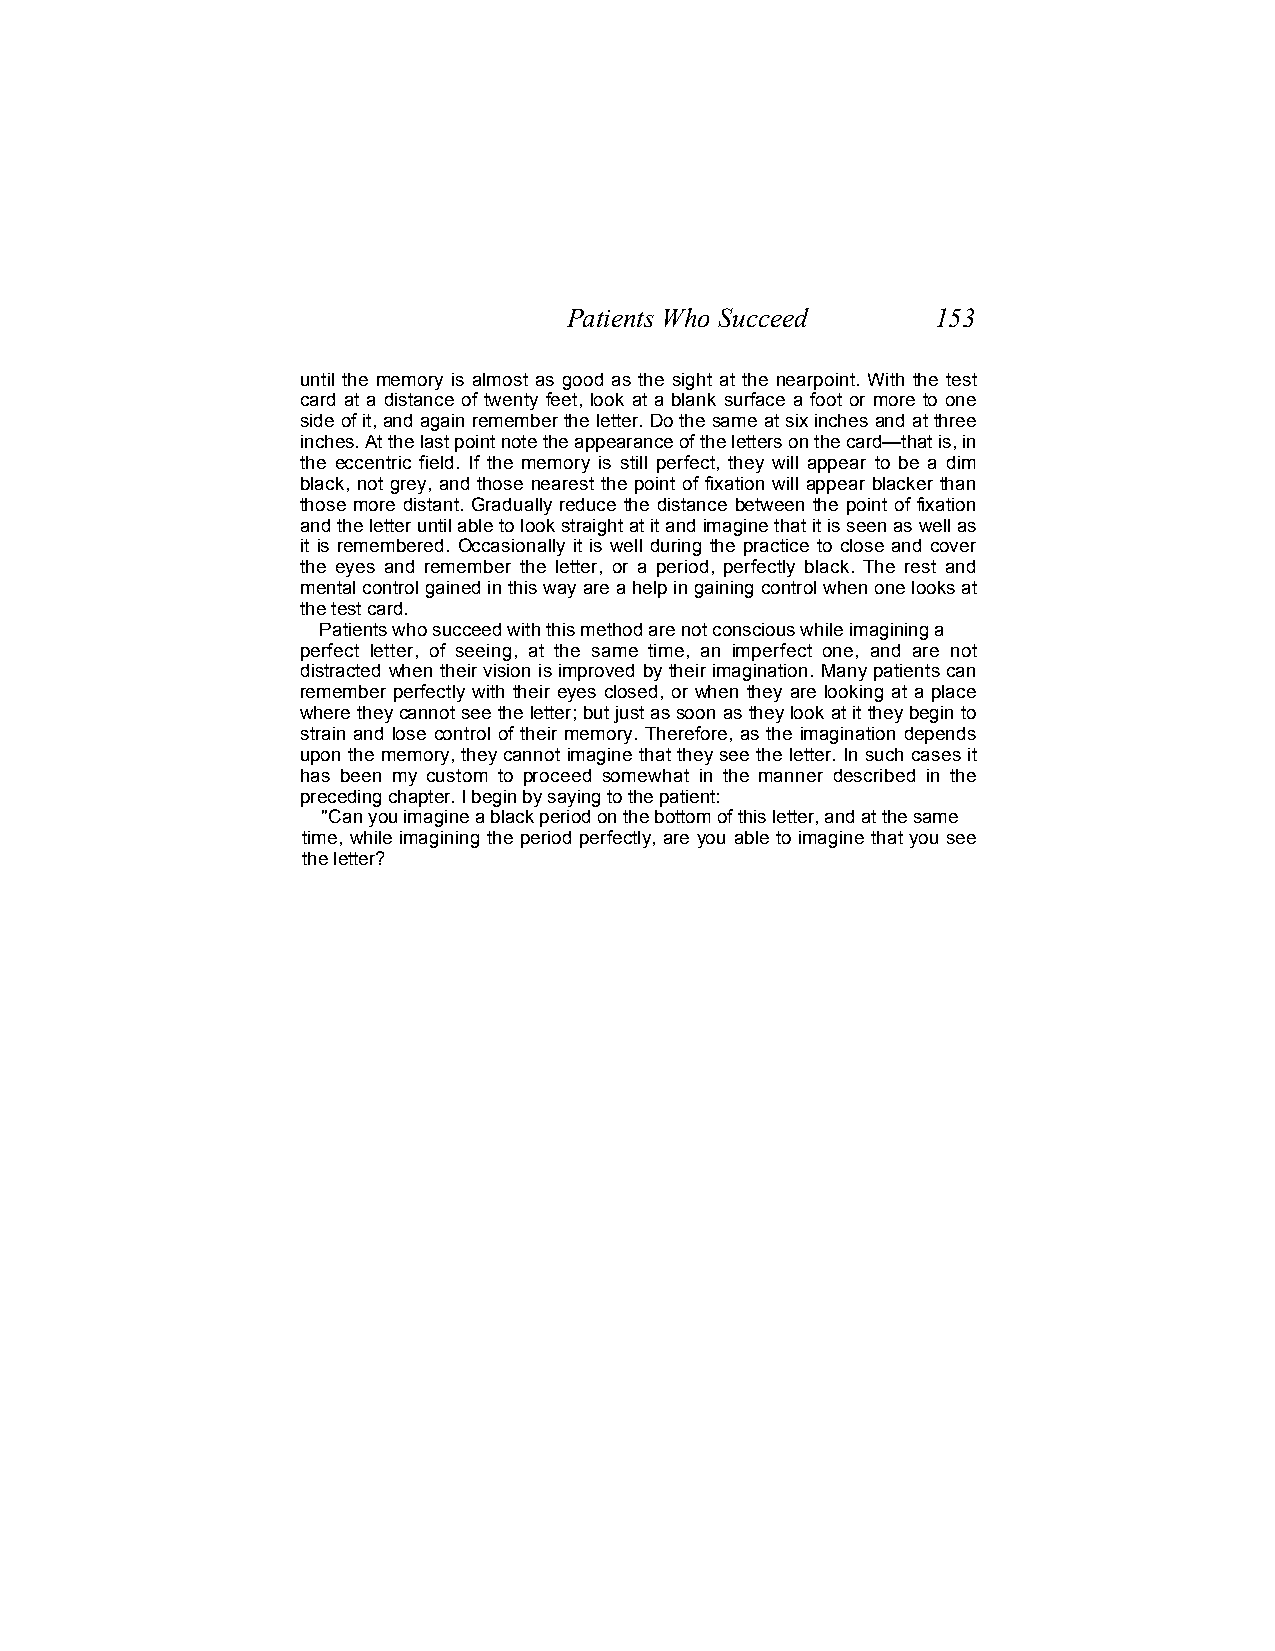
Patients Who Succeed    153
 until the memory is almost as good as the sight at the nearpoint. With the test
 card at a distance of twenty feet, look at a blank surface a foot or more to one
 side of it, and again remember the letter. Do the same at six inches and at three
 inches. At the last point note the appearance of the letters on the card—that is, in
 the eccentric field. If the memory is still perfect, they will appear to be a dim
 black, not grey, and those nearest the point of fixation will appear blacker than
 those more distant. Gradually reduce the distance between the point of fixation
 and the letter until able to look straight at it and imagine that it is seen as well as
 it is remembered. Occasionally it is well during the practice to close and cover
 the eyes and remember the letter, or a period, perfectly black. The rest and
 mental control gained in this way are a help in gaining control when one looks at
 the test card.
 Patients who succeed with this method are not conscious while imagining a
 perfect letter, of seeing, at the same time, an imperfect one, and are not
 distracted when their vision is improved by their imagination. Many patients can
 remember perfectly with their eyes closed, or when they are looking at a place
 where they cannot see the letter; but just as soon as they look at it they begin to
 strain and lose control of their memory. Therefore, as the imagination depends
 upon the memory, they cannot imagine that they see the letter. In such cases it
 has been my custom to proceed somewhat in the manner described in the
 preceding chapter. I begin by saying to the patient:
 "Can you imagine a black period on the bottom of this letter, and at the same
 time, while imagining the period perfectly, are you able to imagine that you see
 the letter?